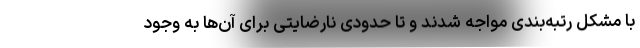
با مشکل رتبه‌بندی مواجه شدند و تا حدودی نارضایتی برای آن‌ها به وجود